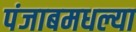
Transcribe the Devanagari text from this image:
पंजाबमधल्या